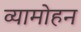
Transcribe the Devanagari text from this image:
व्यामोहन